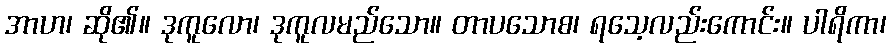
အာဟ၊ ဆို၏။ ဒုကူလော၊ ဒုကူလမည်သော။ တာပသောစ၊ ရသေ့လည်းကောင်း။ ပါရိကာ၊